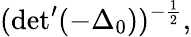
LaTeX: (\mathrm{det}^{\prime}(-{\Delta}_{0}))^{-\frac{1}{2}},